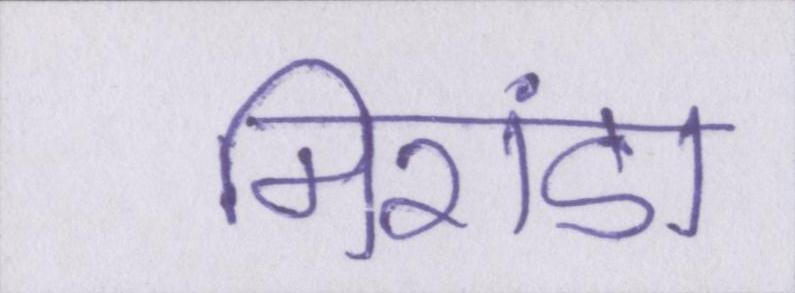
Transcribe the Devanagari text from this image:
मिरांडा